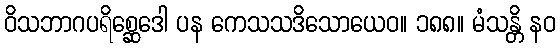
ဝိသဘာဂပရိစ္ဆေဒေါ ပန ကေသသဒိသောယေဝ။ ၁၈၈။ မံသန္တိ နဝ